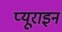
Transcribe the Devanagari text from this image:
प्यूराइन